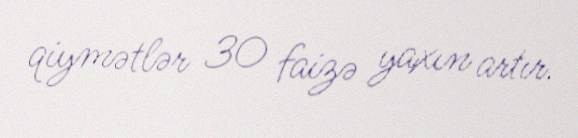
qiymətlər 30 faizə yaxın artır.